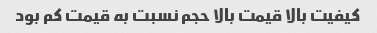
کیفیت بالا قیمت بالا حجم نسبت به قیمت کم بود